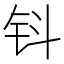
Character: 钭